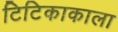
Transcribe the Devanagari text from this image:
टिटिकाकाला